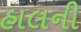
હાલની